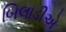
બિલાડીએ